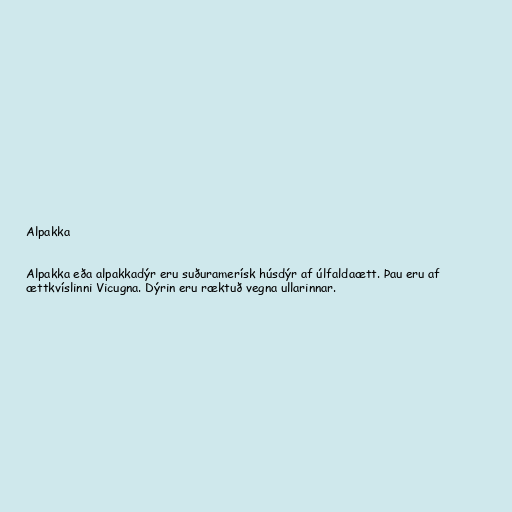
Alpakka

Alpakka eða alpakkadýr eru suðuramerísk húsdýr af úlfaldaætt. Þau eru af
ættkvíslinni Vicugna. Dýrin eru ræktuð vegna ullarinnar.